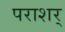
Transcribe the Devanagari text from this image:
पराशर्